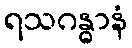
ရသဂန္ဓာနံ